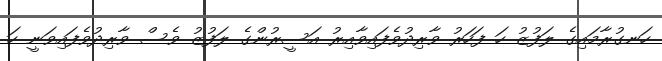
ހަނގުރާމައިގެ ލަފުޒު ހަ ފަހަރު ވާރިދުވެފައިވާއިރު އަސީރުންގެ ލަފުޒު ވެސް ވާރިދުވެފައިވަނީ ހަ